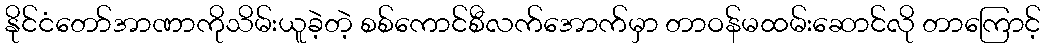
နိုင်ငံတော်အာဏာကိုသိမ်းယူခဲ့တဲ့ စစ်ကောင်စီလက်အောက်မှာ တာဝန်မထမ်းဆောင်လို တာကြောင့်